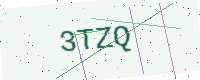
Text: 3TZQ